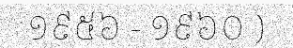
១៩៥៦ - ១៩៦០ )